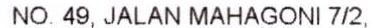
NO.49, JALAN MAHAGONI 7/2,